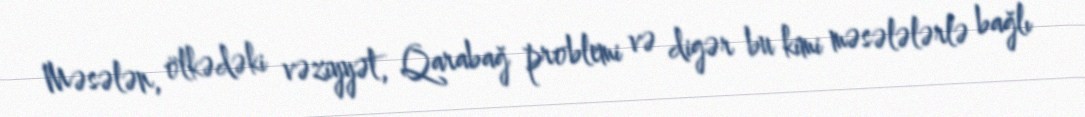
Məsələn, ölkədəki vəziyyət, Qarabağ problemi və digər bu kimi məsələlərlə bağlı